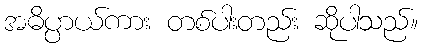
အဓိပ္ပာယ်ကား တစ်ပါးတည်း ဆိုပါသည်။